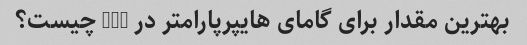
بهترین مقدار برای گامای هایپرپارامتر در SVM چیست؟